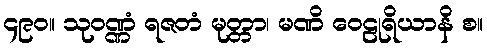
၄၉၀။ သုဝဏ္ဏံ ရဇတံ မုတ္တာ၊ မဏိ ဝေဠုရိယာနိ စ။